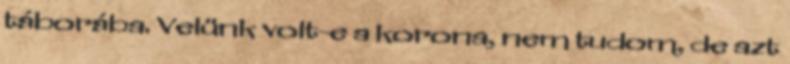
táborába. Velünk volt-e a korona, nem tudom, de azt